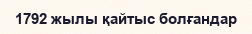
1792 жылы қайтыс болғандар